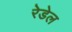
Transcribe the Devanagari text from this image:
रेडेल